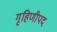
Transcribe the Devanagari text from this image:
गृहिणीपद